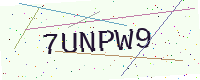
Text: 7UNPW9